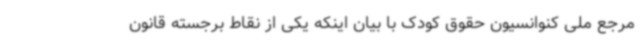
مرجع ملی کنوانسیون حقوق کودک با بیان اینکه یکی از نقاط برجسته قانون